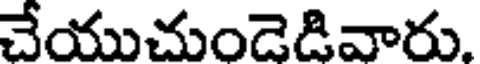
చేయుచుండెడివారు.